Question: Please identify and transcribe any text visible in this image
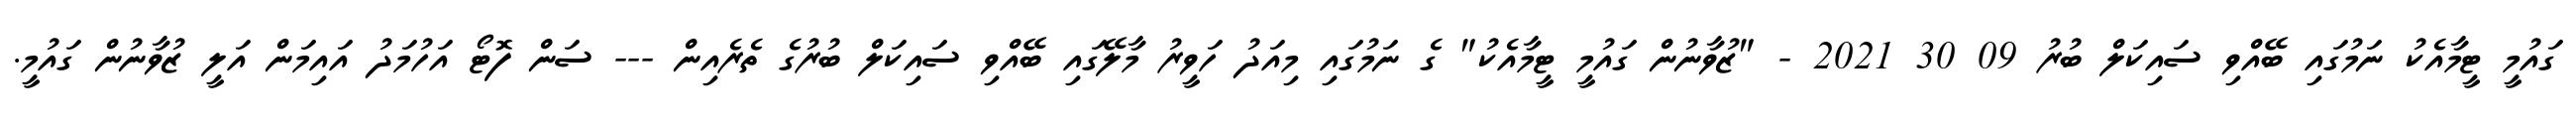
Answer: ގައުމީ ޓީމާއެކު ނަމުގައި ބޭއްވި ސައިކަލް ބުރު 09 30 2021 - "ޒުވާނުން ގައުމީ ޓީމާއެކު" ގެ ނަމުގައި މިއަދު ހަވީރު މާލޭގައި ބޭއްވި ސައިކަލް ބުރުގެ ތެރެއިން --- ސަން ފޮޓޯ އަހުމަދު އައިމަން އަލީ ޒުވާނުން ގައުމީ.